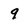
Character: 9